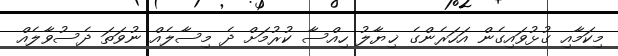
މިކަމާއި ގުޅުވައިގެން އަހަރެންގެ ޚިޔާލު ހިއްސާ ކުރުމަށް ދެ މިސާލެއް ނުވަތަ ދެސުވާލެއް